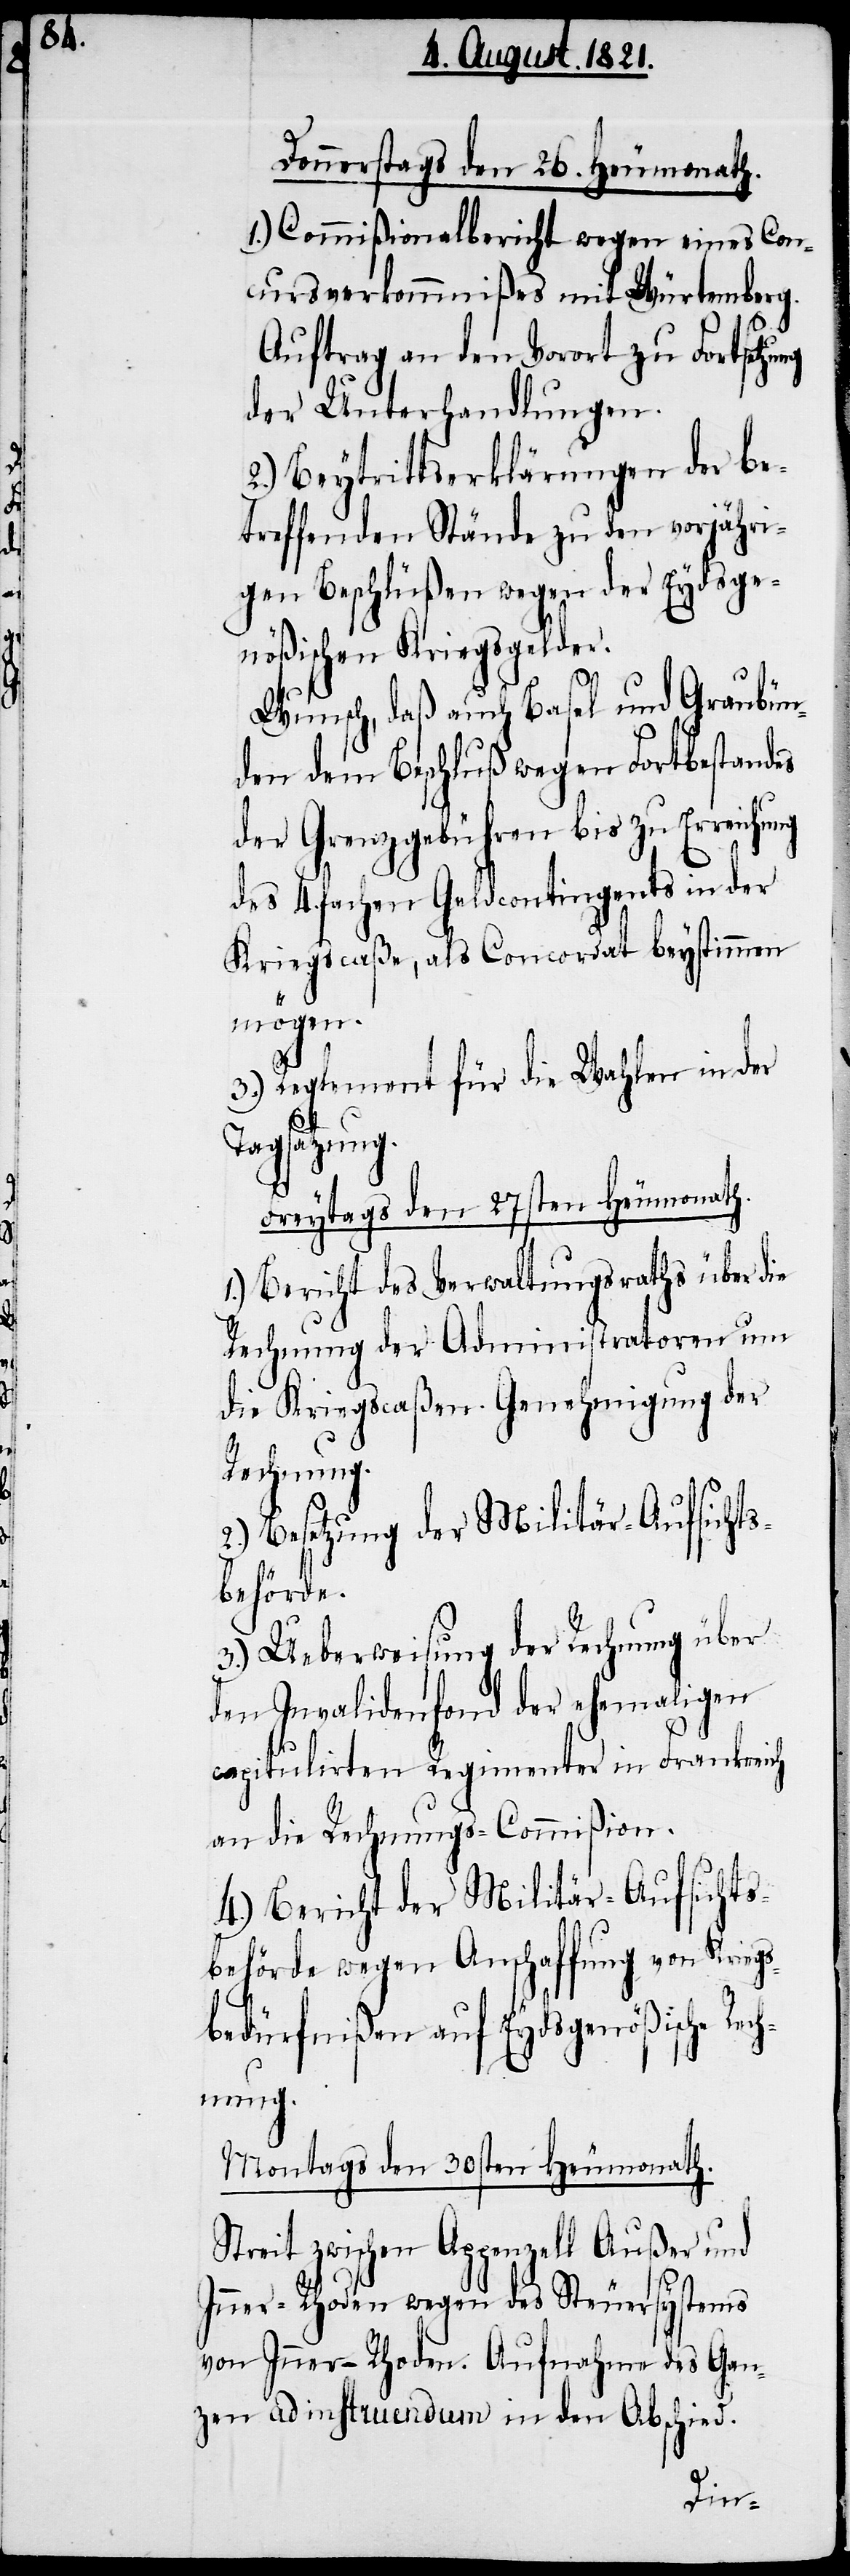
St¬

Donnerstags den 26. Heumonath.
1.) Commißionalbericht wegen eines Con¬
cursverkommnißes mit Würtemberg.
Auftrag an den Vorort zu Fortsetzung
der Unterhandlungen.
2.) Beytrittserklärungen der be¬
treffenden Stände zu den vorjähri¬
gen Beschlüßen wegen der Eydsge¬
nößischen Kriegsgelder.
Wunsch, daß auch Basel und Graubün¬
den den Beschluß wegen Fortbestandes
der Grenzgebühren bis zu Erreichung
des 4. fachen Geldcontingents in der
Kriegscaßa, als Concordat bestimmen
mögen.
3.) Reglement für die Wahlen in der
Tagsatzung.
Freytags den 27sten Heumonath.
1.) Bericht des Verwaltungsraths über die
Rechnung der Administratoren um
die Kriegscaßen. Genehmigung der
Rechnung.
2.) Besetzung der Militär-Aufsichts¬
behörde.
3.) Ueberweisung der Rechnung über
den Invalidenfond der ehemaligen
capitulirten Regimenter in Frankreich
an die Rechnungs-Commißion.
4.) Bericht der Militär-Aufsichts¬
behörde wegen Anschaffung von Kriegs¬
bedürfnißen auf Eydsgenößische
Montags den 30sten Heumonath.
reit zwischen Appenzell Außer und
Inner-Rhoden wegen des Steuersystems
von Inner-Rhoden. Aufnahme des Gan¬
zen ad instruendum in den Abschied.